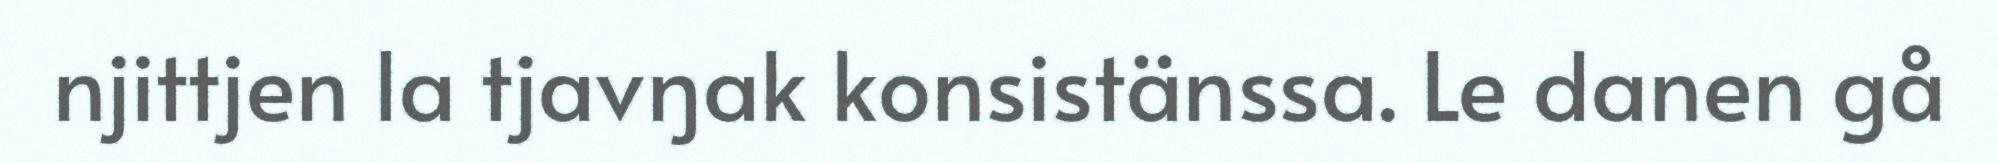
njittjen la tjavŋak konsistänssa. Le danen gå